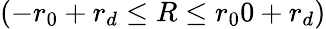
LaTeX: (-r_{0}+r_{d}\le R\le r_{0}{0}+r_{d})